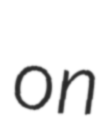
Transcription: on